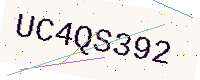
Text: UC4QS392